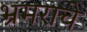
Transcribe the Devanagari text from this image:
भ्रमराचे